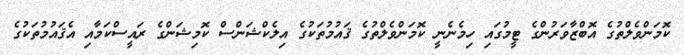
ކޮމަންވެލްތުގެ އޮބްޒާވަރުންގެ ޓީމުގައި ހިމެނެނީ ކޮމަންވެލްތުގެ ޤައުމުތަކުގެ އިލެކްޝަންސް ކޮމިޝަންގެ ރައީސްކަމާއި އެޤައުމުތަކުގެ